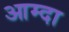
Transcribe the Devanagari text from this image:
आम्दा